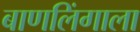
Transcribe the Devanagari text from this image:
बाणलिंगाला